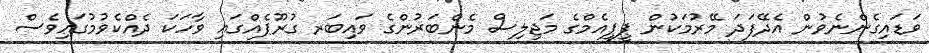
ވަޑައިގެންނެވުން އެދޭފަދަ މޭރުމަކުން ޕީޕީއެމްގެ މަޖިލިސް މެންބަރުންގެ ވައިބަރ ގުރޫޕެއްގައި ވާހަކަ ދެއްކެވުމުގައިވެސް